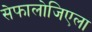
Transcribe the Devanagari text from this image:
सेफालोजिएला